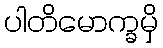
ပါတိမောက္ခမှိ